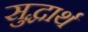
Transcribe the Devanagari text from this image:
सुद्धार्थ